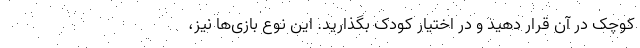
کوچک در آن قرار دهید و در اختیار کودک بگذارید. این نوع بازی‌ها نیز،‌